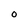
Character: O